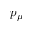
p _ { \mu }